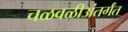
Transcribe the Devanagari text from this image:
चळवळीअंतर्गत